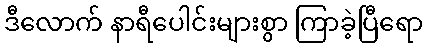
ဒီလောက် နာရီပေါင်းများစွာ ကြာခဲ့ပြီရော